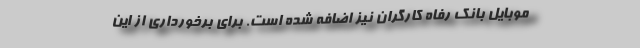
موبایل بانک رفاه کارگران نیز اضافه شده است. برای برخورداری از این